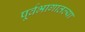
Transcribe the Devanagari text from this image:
पूर्वभागातल्या